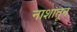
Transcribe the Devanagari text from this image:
नाशातून